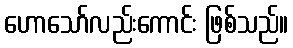
ဟောသော်လည်းကောင်း ဖြစ်သည်။